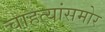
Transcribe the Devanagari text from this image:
चाहत्यांसमोर